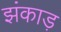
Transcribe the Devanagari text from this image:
झंकाड़